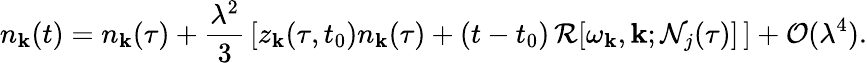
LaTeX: n_{\mathbf{k}}(t)=n_{\mathbf{k}}(\tau)+\frac{\lambda^{2}}{3}\, \left[z_{\mathbf{k}}(\tau,t_{0})n_{\mathbf{k}}(\tau)+(t-t_{0})\, \mathcal{R}[\omega_{\mathbf{k}},\mathbf{k};\mathcal{N}_{j}(\tau)]\, \right]+\mathcal{O}(\lambda^{4}).